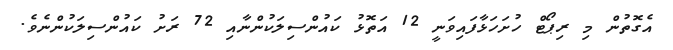
އެގޮތުން މި ރިޕޯޓް ހުށަހަޅާފައިވަނީ 12 އަތޮޅު ކައުންސިލަކުންނާއި 72 ރަށު ކައުންސިލަކުންނެވެ.